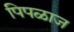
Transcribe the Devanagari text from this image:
पिपळाज